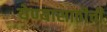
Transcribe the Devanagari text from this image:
येण्यासाठीची